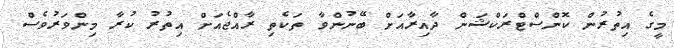
މީގެ އިތުރުން ކޮންސްޓްރަކްޝަން ދާއިރާއަށް ބޭނުންވާ ތަކެތި ރާއްޖެއަށް އިތުރު ކުރާ މިންވަރުވެސް